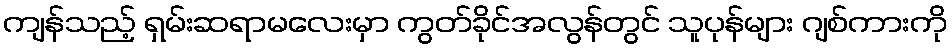
ကျန်သည့် ရှမ်းဆရာမလေးမှာ ကွတ်ခိုင်အလွန်တွင် သူပုန်များ ဂျစ်ကားကို